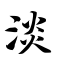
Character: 淡